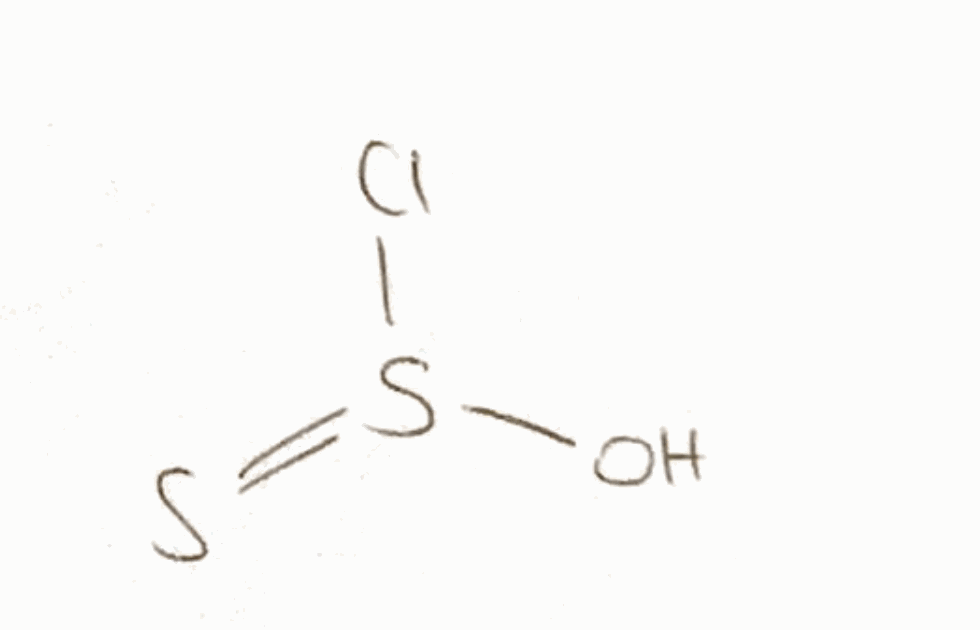
Simplified molecular-input line-entry system (SMILES) notation of the given molecule:
OS(=S)Cl